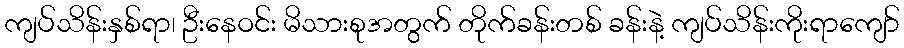
ကျပ်သိန်းနှစ်ရာ၊ ဦးနေဝင်း မိသားစုအတွက် တိုက်ခန်းတစ် ခန်းနဲ့ ကျပ်သိန်းကိုးရာကျော်